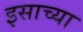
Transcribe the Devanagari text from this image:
इसाच्या